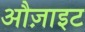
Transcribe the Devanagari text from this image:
औज़ाइट